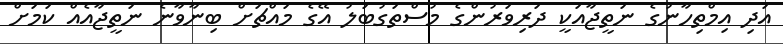
އަދި އިމްތިހާނުގެ ނަތީޖާއަކީ ދަރިވަރުންގެ މުސްތަގުބަލު އޭގެ މައްޗަށް ބިނާވާނެ ނަތީޖާއެއް ކަމަށް